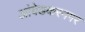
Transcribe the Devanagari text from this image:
आंबेडकरनगर